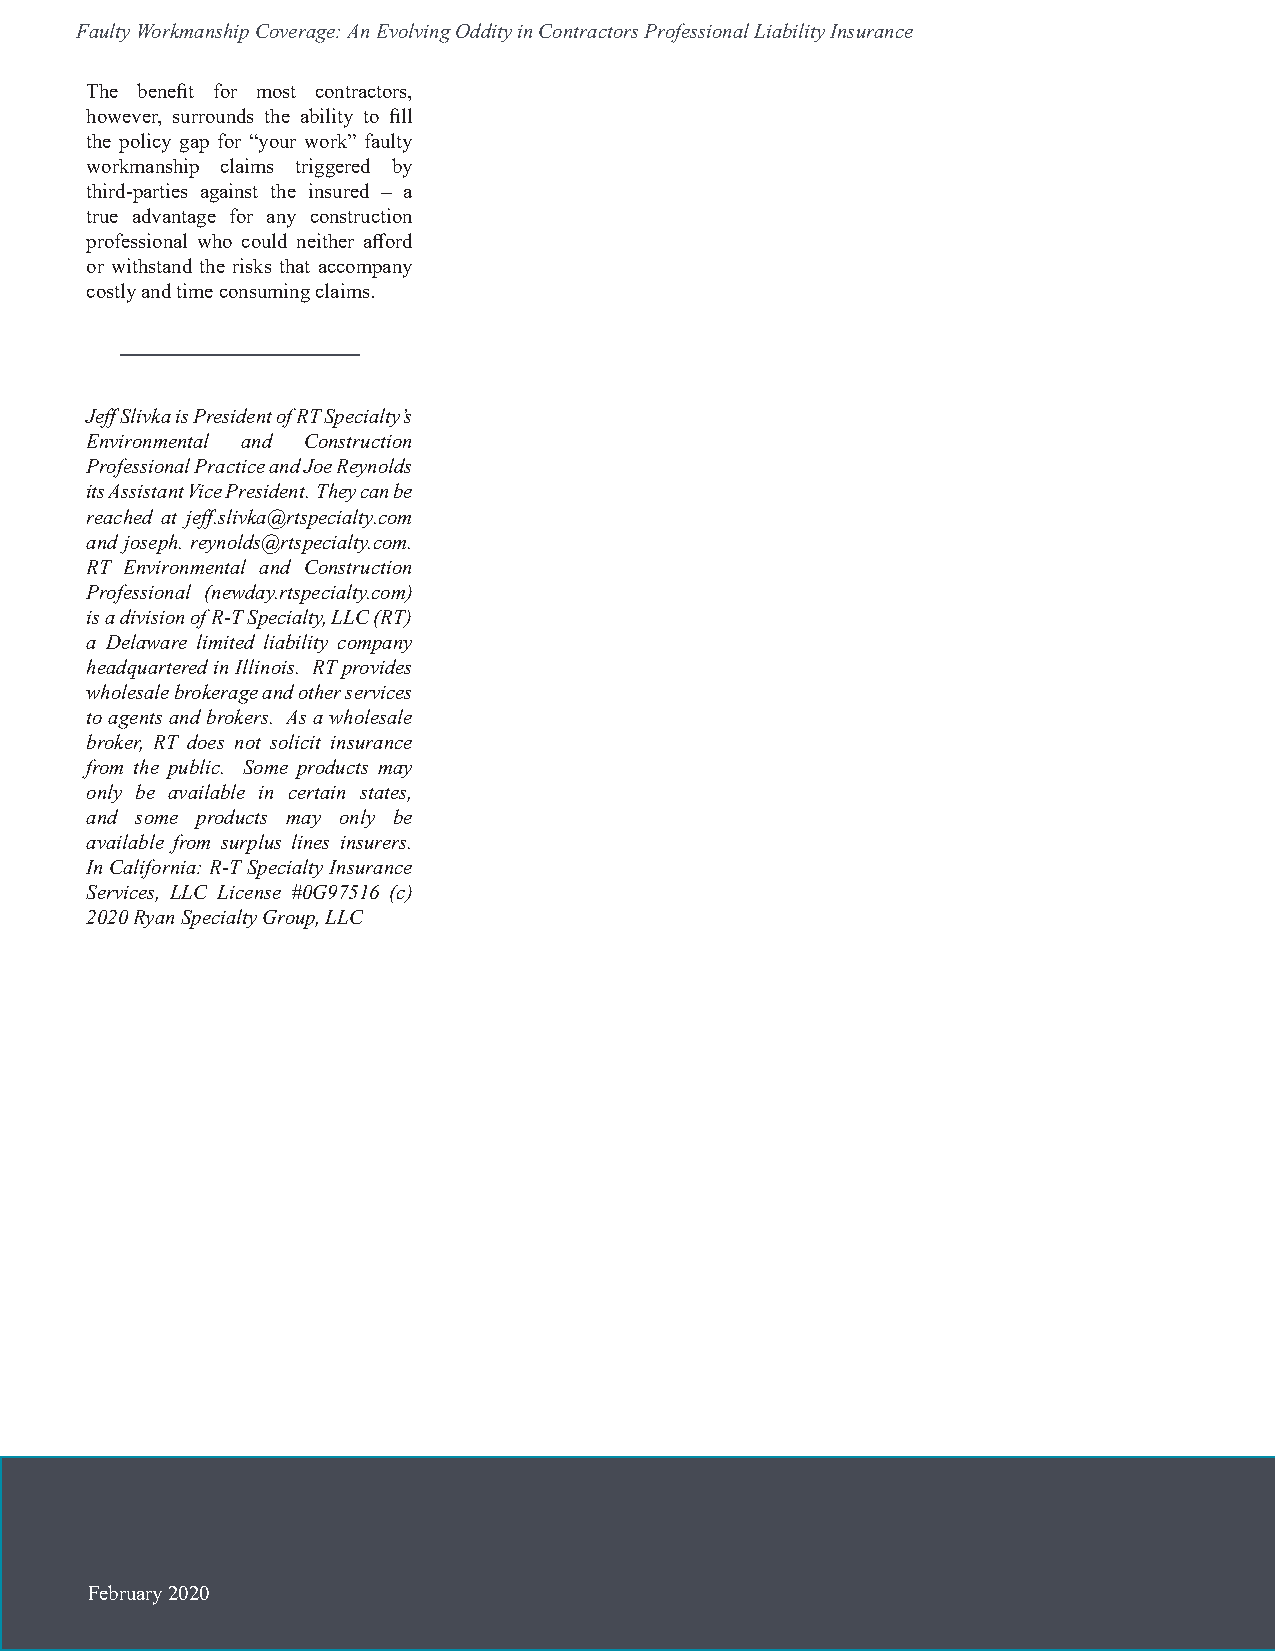
Faulty Workmanship Coverage: An Evolving Oddity in Contractors Professional Liability Insurance
 The benefit for most contractors,
 however, surrounds the ability to fill
 the policy gap for “your work” faulty
 workmanship claims triggered by
 third-parties against the insured – a
 true advantage for any construction
 professional who could neither afford
 or withstand the risks that accompany
 costly and time consuming claims.
 Jeff Slivka is President of RT Specialty’s
 Environmental and Construction
 Professional Practice and Joe Reynolds
 its Assistant Vice President. They can be
 reached at jeff.slivka@rtspecialty.com
 and joseph. reynolds@rtspecialty.com.
 RT Environmental and Construction
 Professional (newday.rtspecialty.com)
 is a division of R-T Specialty, LLC (RT)
 a Delaware limited liability company
 headquartered in Illinois. RT provides
 wholesale brokerage and other services
 to agents and brokers. As a wholesale
 broker, RT does not solicit insurance
 from the public. Some products may
 only be available in certain states,
 and some products may only be
 available from surplus lines insurers.
 In California: R-T Specialty Insurance
 Services, LLC License #0G97516 (c)
 2020 Ryan Specialty Group, LLC
 February 2020